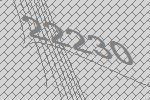
22230